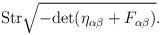
LaTeX: \begin{align*}{\rm Str} \sqrt{-{\rm det} ( \eta_{\alpha\beta} + F_{\alpha\beta})}.\end{align*}